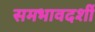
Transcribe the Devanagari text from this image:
समभावदर्शी